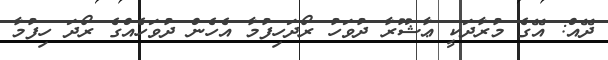
ދޭއް: އޭގެ މުރާދަކީ ޢާޝޫރާ ދުވަހު ރޯދަހިފުމާ އެހެން ދުވަހެއްގެ ރޯދަ ހިފުމާ